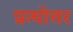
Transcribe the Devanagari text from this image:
प्रत्योत्तर